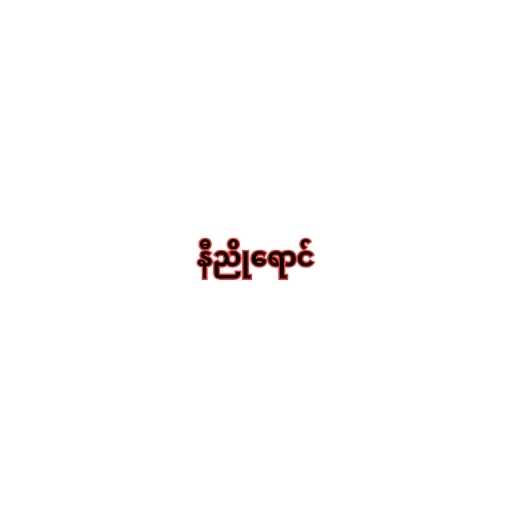
နီညိုရောင်